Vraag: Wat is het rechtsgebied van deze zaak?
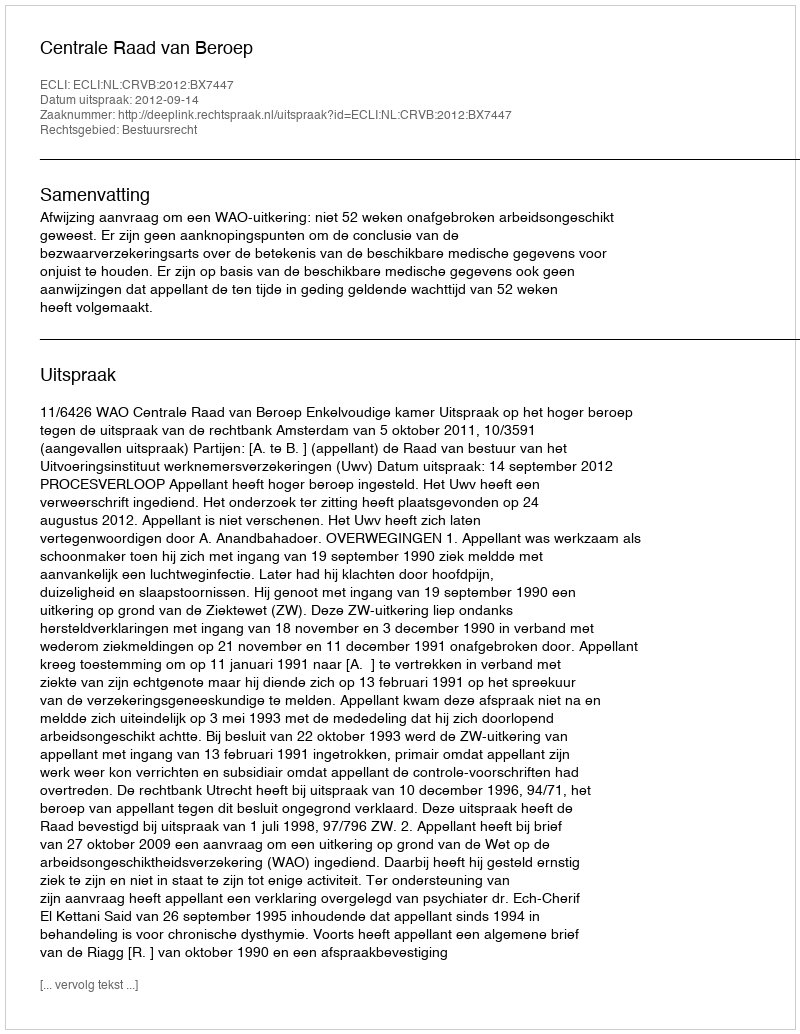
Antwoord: Bestuursrecht